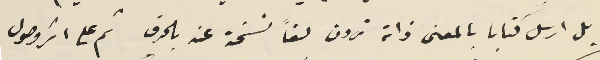
بل ارسل كتابا بالمعنى ذاته ترون لفاً نسخة عنه بالحرف ثم على اثر وصول